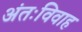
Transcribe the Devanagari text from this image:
अंतःविवाह